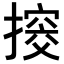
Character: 𢲷